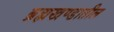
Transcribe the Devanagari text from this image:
ब्रह्मखण्डातील